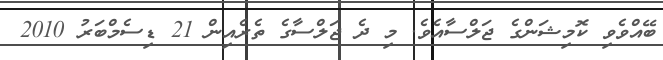
ބޭއްވެވި ކޮމިޝަންގެ ޖަލްސާއެވެ. މި ދެ ޖަލްސާގެ ތެރެއިން 21 ޑިސެމްބަރު 2010